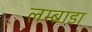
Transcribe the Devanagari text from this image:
लम्बाडा